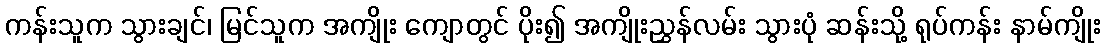
ကန်းသူက သွားချင်၊ မြင်သူက အကျိုး ကျောတွင် ပိုး၍ အကျိုးညွှန်လမ်း သွားပုံ ဆန်းသို့ ရုပ်ကန်း နာမ်ကျိုး